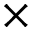
\times